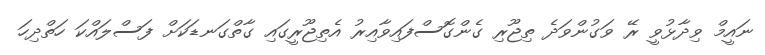
ނައީމް ވިދާޅުވީ ރޭ ވަގުންވަދެ ތިޖޫރި ގެންގޮސްފައިވާއިރު އެތިޖޫރީގައި ގާތްގަނޑަކަށް ފަސްލައްކަ ހަތްދިހަ